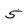
Character: 5